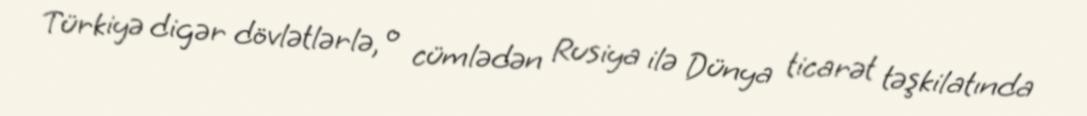
Türkiyə digər dövlətlərlə, o cümlədən Rusiya ilə Dünya ticarət təşkilatında